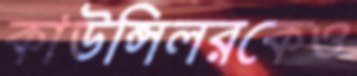
কাউন্সিলরকেও